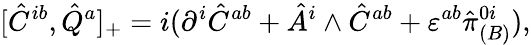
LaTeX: [\hat{C}^{ib},\hat{Q}^{a}]_{+}=i(\partial^{i}\hat{C}^{ab}+\hat{A}^{i}\wedge\hat{C}^{ab}+\varepsilon^{ab}\hat{\pi}_{(B)}^{0i}),